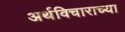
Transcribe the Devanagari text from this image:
अर्थविचाराच्या